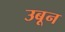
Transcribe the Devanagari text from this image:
उबून